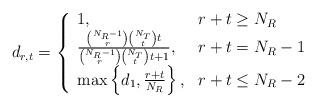
LaTeX: \begin{align*}d_{r,t}=\left\{\begin{array}{ll}1, &r+t\ge N_R\\\frac{\binom{N_R-1}{r}\binom{N_T}{t}t}{\binom{N_R-1}{r}\binom{N_T}{t}t+1}, &r+t= N_R-1\\\max\left\{d_{1},\frac{r+t}{N_R}\right\}, &r+t\le N_R-2\end{array}\right.\end{align*}